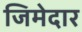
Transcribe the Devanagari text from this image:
जिमेदार